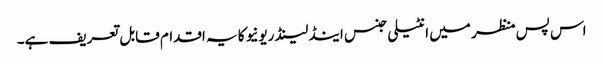
اس پس منظر میں انٹیلی جنس اینڈ لینڈ ریونیو کا یہ اقدام قابل تعریف ہے۔